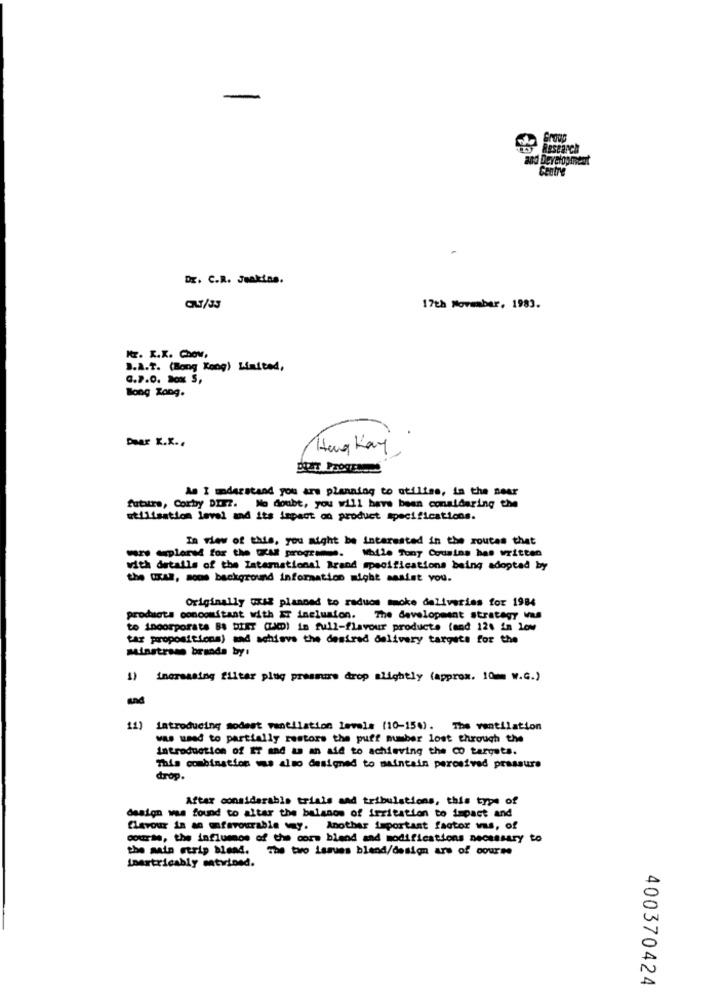
-
Group
and Development
Centre
-
DE. C.R. Jeakins.
C/33
17th November, 1983.
Hz. R.K. ChOV,
J.A.T. (Bong Koog) Limited,
0.7.0. Box S,
Bong Zong.
Dear X.X ..
Hang Kay
As I understand you are planning to utilise, in the near
futurs, Corby DIEZ. No doubt, you will have been considering the
utilisation level and its impact on product specifications.
In view of this, you might be interested in the routes that
mr plans for the IA# programme. While Tony Cousins has written
with details of the International Brand specifications being adopted by
the CRAP, mow background information might assist you.
Originally oxsz planned to raduos mmoke deliveries for 1984
products concomitant with IT inclusion. The development strategy was
to incorporate BA DIET (AD) in full-flavour products (and 124 im low
tar propositions) and achieve the desired delivery targets for the
Minstress brands by:
1) increasing filter plug prasmire drop slightly (approx. 10m W.C.)
11)
Introducing modest ventilation levels (10-154). The ventilation
was used to partially restore the puff number lost through the
introduction of ET and as an aid to achieving the CO targets.
This combination ms also designed to maintain perosivad pressure
drop.
Aftar considerable trials and tribulations, this type of
design was found to altar the balanos of irritation to impact and
flavour in an unfavourable way. Another important factor vus, of
course, the influmos of the cors blend and modifications necessary to
the main etrip blead. The two issues blend/design are of course
Inextricably matvined.
400370424